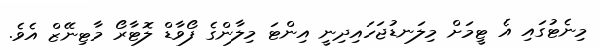
މިނެޓުގައި އެ ޓީމަށް މިލަނޑުޖަހައިދިނީ އިންޓަ މިލާންގެ ފޯވާޑް ލޮޓާރޯ މާޓިނޭޒް އެވެ.